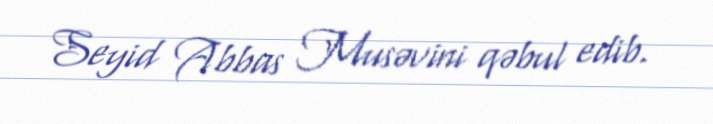
Seyid Abbas Musəvini qəbul edib.